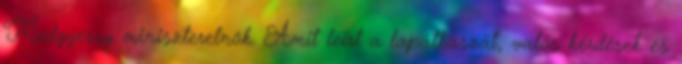
Medgyessy miniszterelnök. Amit leírt a lapátkaszát, valós kérdések és